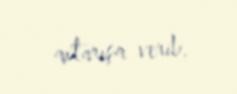
axtarışa verib.